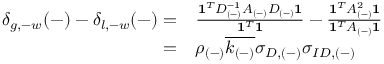
\begin{array} { r l } { \delta _ { g , - w } ( - ) - \delta _ { l , - w } ( - ) = } & { { } \frac { \mathbf { 1 } ^ { T } D _ { ( - ) } ^ { - 1 } A _ { ( - ) } D _ { ( - ) } \mathbf { 1 } } { \mathbf { 1 } ^ { T } \mathbf { 1 } } - \frac { \mathbf { 1 } ^ { T } A _ { ( - ) } ^ { 2 } \mathbf { 1 } } { \mathbf { 1 } ^ { T } A _ { ( - ) } \mathbf { 1 } } } \\ { = } & { { } \rho _ { ( - ) } \overline { { k _ { ( - ) } } } \sigma _ { D , ( - ) } \sigma _ { I D , ( - ) } \, } \end{array}